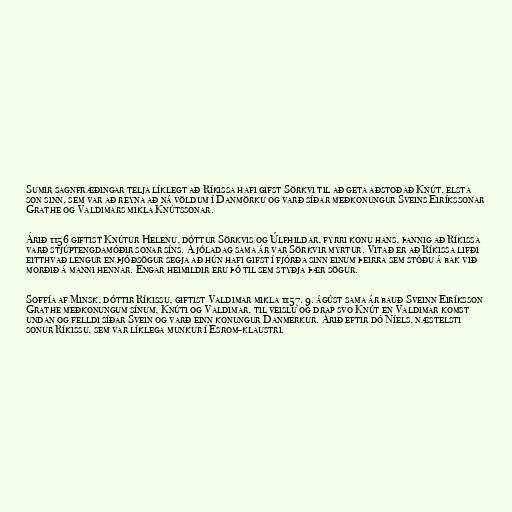
Sumir sagnfræðingar telja líklegt að Ríkissa hafi gifst Sörkvi til að geta aðstoðað Knút, elsta
son sinn, sem var að reyna að ná völdum í Danmörku og varð síðar meðkonungur Sveins Eiríkssonar
Grathe og Valdimars mikla Knútssonar.

Árið 1156 giftist Knútur Helenu, dóttur Sörkvis og Úlfhildar, fyrri konu hans, þannig að Ríkissa
varð stjúptengdamóðir sonar síns. Á jóladag sama ár var Sörkvir myrtur. Vitað er að Ríkissa lifði
eitthvað lengur en þjóðsögur segja að hún hafi gifst í fjórða sinn einum þeirra sem stóðu á bak við
morðið á manni hennar. Engar heimildir eru þó til sem styðja þær sögur.

Soffía af Minsk, dóttir Ríkissu, giftist Valdimar mikla 1157. 9. ágúst sama ár bauð Sveinn Eiríksson
Grathe meðkonungum sínum, Knúti og Valdimar, til veislu og drap svo Knút en Valdimar komst
undan og felldi síðar Svein og varð einn konungur Danmerkur. Árið eftir dó Níels, næstelsti
sonur Ríkissu, sem var líklega munkur í Esrom-klaustri.